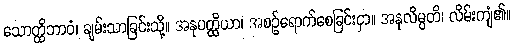
သောတ္ထိဘာဝံ၊ ချမ်းသာခြင်းသို့။ အနုပတ္ထိယာ၊ အစဉ်ရောက်စေခြင်းငှာ။ အနုလိမ္ပတိ၊ လိမ်းကျံ၏။